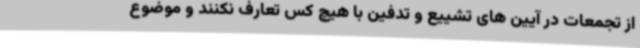
از تجمعات در آیین های تشییع و تدفین با هیچ کس تعارف نکنند و موضوع